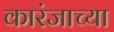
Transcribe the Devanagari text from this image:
कारंजाच्या